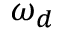
\omega _ { d }